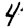
Digit: 4